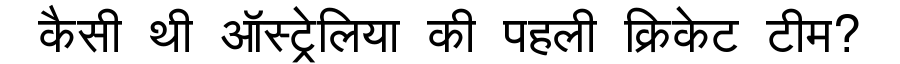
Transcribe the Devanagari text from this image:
कैसी थी ऑस्ट्रेलिया की पहली क्रिकेट टीम?